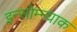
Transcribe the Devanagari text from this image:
इन्सोम्न्याक